Annual report on the working of the mental hospitals in the Madras Presidency - 1912-1932
Year: 1912
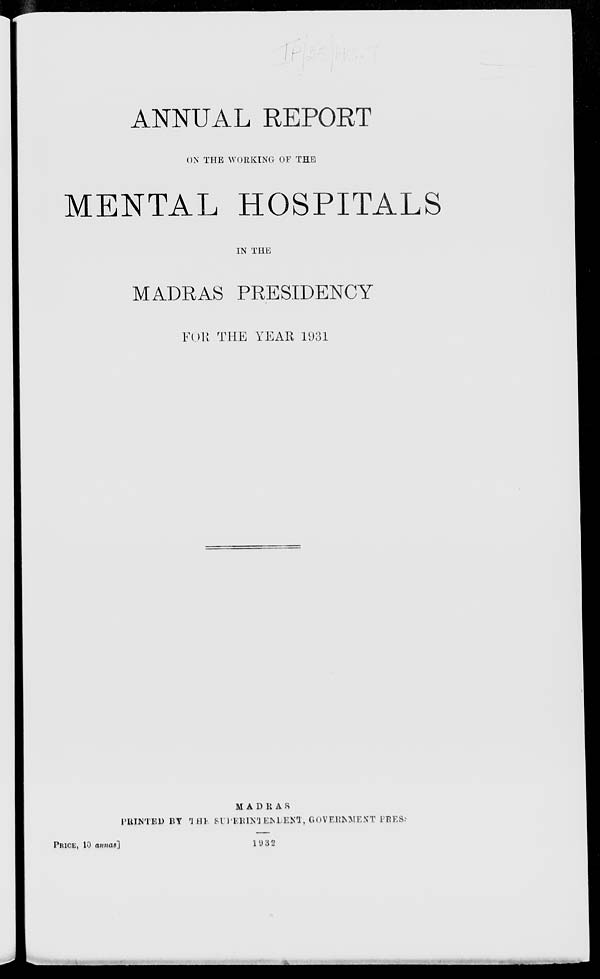
ANNUAL REPORT
ON THE WORKING OF THE
MENTAL HOSPITALS
IN THE
MADRAS PRESIDENCY
FOR THE YEAR 1931
MADRAS
PRINTED BY THE SUPERINTENDENT, GOVERNMENT PRESS
PRICE, 10 annas]
1932